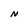
Character: N